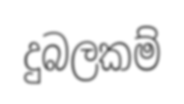
දුබලකම්